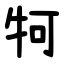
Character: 牱